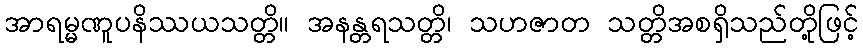
အာရမ္မဏူပနိဿယသတ္တိ။ အနန္တရသတ္တိ၊ သဟဇာတ သတ္တိအစရှိသည်တို့ဖြင့်